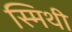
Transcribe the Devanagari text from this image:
स्मिथी